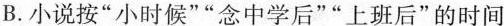
B.小说按“小时候”“念中学后”“上班后”的时间